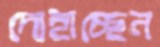
দোহাচ্ছেন